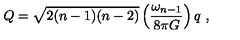
Q = \sqrt { 2 ( n - 1 ) ( n - 2 ) } \left( { \frac { \omega _ { n - 1 } } { 8 \pi G } } \right) q \ ,